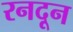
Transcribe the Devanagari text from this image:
रनदून